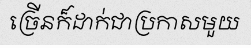
ច្រើនក៏ដាក់ជាប្រកាសមួយ